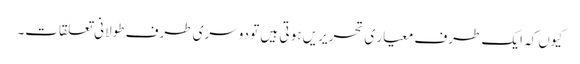
کیوں کہ ایک طرف معیار ی تحریریں ہو تی ہیں تو دوسری طرف طولانی تعلقات۔